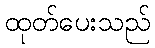
ထုတ်ပေးသည်